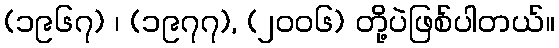
(၁၉၆၇) ၊ (၁၉၇၇), (၂၀၀၆) တို့ပဲဖြစ်ပါတယ်။